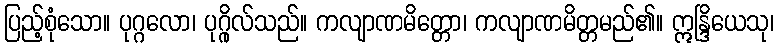
ပြည့်စုံသော။ ပုဂ္ဂလော၊ ပုဂ္ဂိုလ်သည်။ ကလျာဏမိတ္တော၊ ကလျာဏမိတ္တမည်၏။ ဣန္ဒြိယေသု၊